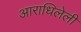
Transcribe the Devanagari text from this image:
आराधिलेली